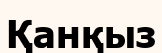
Қанқыз